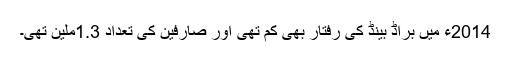
2014ء میں براڈ بینڈ کی رفتار بھی کم تھی اور صارفین کی تعداد 1.3ملین تھی۔